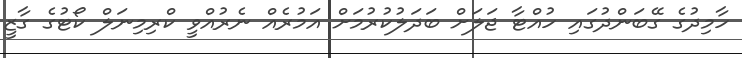
ހާމިދުގެ ގޭބަންދުގައި ހުއްޓާ ޖަލަށް ބަދަލުކުރުމަށް އަމުރެއް ނެރުއްވީ ކްރިމިނަލް ކޯޓުގެ ގާޒީ